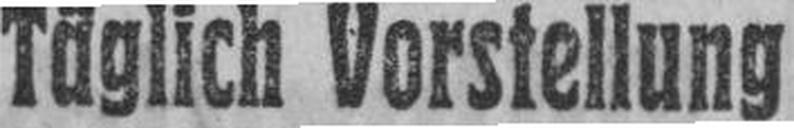
Täglich Vorstellung